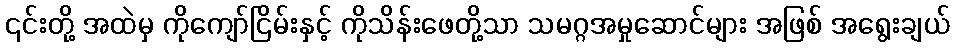
၎င်းတို့ အထဲမှ ကိုကျော်ငြိမ်းနှင့် ကိုသိန်းဖေတို့သာ သမဂ္ဂအမှုဆောင်များ အဖြစ် အရွေးချယ်